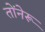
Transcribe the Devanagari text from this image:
तोंनेरू